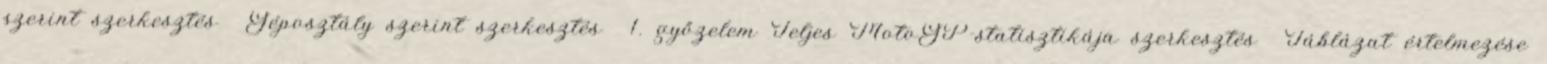
szerint szerkesztés Géposztály szerint szerkesztés 1. győzelem Teljes MotoGP-statisztikája szerkesztés Táblázat értelmezése